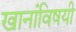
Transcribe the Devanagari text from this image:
खानांविषयी